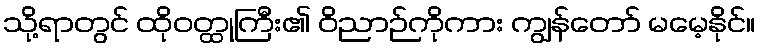
သို့ရာတွင် ထိုဝတ္ထုကြီး၏ ဝိညာဉ်ကိုကား ကျွန်တော် မမေ့နိုင်။